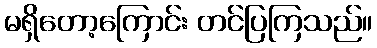
မရှိတော့ကြောင်း တင်ပြကြသည်။